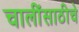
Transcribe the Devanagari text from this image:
चालींसाठीचे